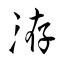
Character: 洊